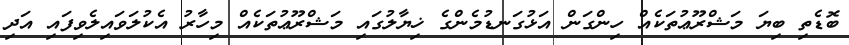
ބޮޑެތި ބިޔަ މަޝްރޫޢުތަކެއް ހިންގަން އަޅުގަނޑުމެންގެ ޚިޔާލުގައި މަޝްރޫޢުތަކެއް މިހާރު އެކުލަވައިލެވިފައި އަދި